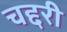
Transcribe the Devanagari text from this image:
चद्दरी